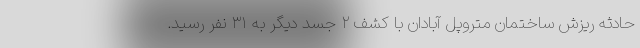
حادثه ریزش ساختمان متروپل آبادان با کشف ۲ جسد دیگر به ۳۱ نفر رسید.